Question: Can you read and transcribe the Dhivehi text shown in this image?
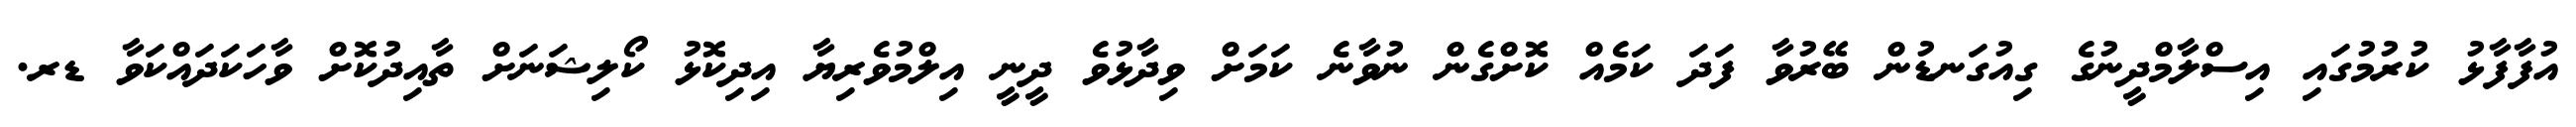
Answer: އުފާފާޅު ކުރުމުގައި އިސްލާމްދީނުގެ ގިއުގަނޑުން ބޭރުވާ ފަދަ ކަމެއް ކޮށްގެން ނުވާނެ ކަމަށް ވިދާޅުވެ ދީނީ އިލްމުވެރިޔާ އިދިކޮޅު ކޯލިޝަނަށް ތާއިދުކޮށް ވާހަކަދައްކަވާ ޑރ.